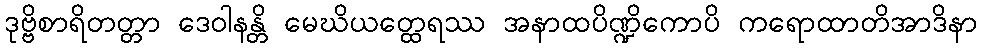
ဒုဗ္ဗိစာရိတတ္တာ ဒေဝါနန္တိ မေဃိယတ္ထေရဿ အနာထပိဏ္ဍိကောပိ ကရောထာတိအာဒိနာ